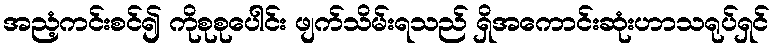
အညံ့ကင်းစင်၍ ကိုစုစုပေါင်း ဖျက်သိမ်းရသည် ရှိအကောင်းဆုံးဟာသရုပ်ရှင်